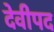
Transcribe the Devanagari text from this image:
देवीपद